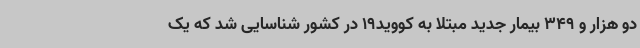
دو هزار و 349 بیمار جدید مبتلا به کووید19 در کشور شناسایی شد که یک